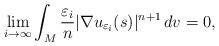
LaTeX: \begin{align*} \lim_{i\to \infty} \int_M\frac {\varepsilon_i} n| \nabla u_{\varepsilon_i}(s)|^{n+1} \,dv=0, \end{align*}